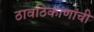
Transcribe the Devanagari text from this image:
ठावठिकाणांची